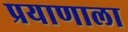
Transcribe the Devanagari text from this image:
प्रयाणाला